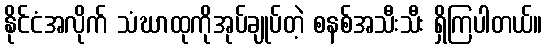
နိုင်ငံအလိုက် သံဃာထုကိုအုပ်ချုပ်တဲ့ စနစ်အသီးသီး ရှိကြပါတယ်။